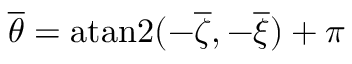
{ \overline { { \theta } } } = \mathrm { a t a n 2 } ( - { \overline { { \zeta } } } , - { \overline { { \xi } } } ) + \pi